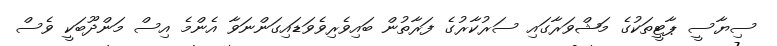
ސިޔާސީ ޕާޓީތަކުގެ މަޝްވަރާގައި ސަރުކާރުގެ ފަރާތުން ބައިވެރިވެވަޑައިގަންނަވާ އެންމެ އިސް މަންދޫބަކީ ވެސް